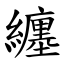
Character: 纏